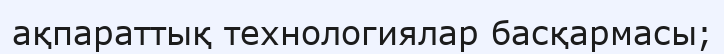
ақпараттық технологиялар басқармасы;